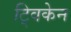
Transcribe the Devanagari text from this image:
ट्विकेन